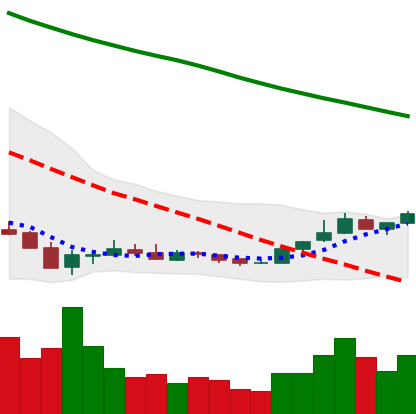
Ticker: ETC-USD
Chart end date: 2018-12-23
Forward return: 6.758%
Label: up_5_7